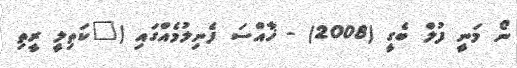
ނޯ މަނީ ފުލް ބެގީ (2008) - ޚާއްސަ ފެނިލުމެއްގައި ("ކަތިލީ ރީތި